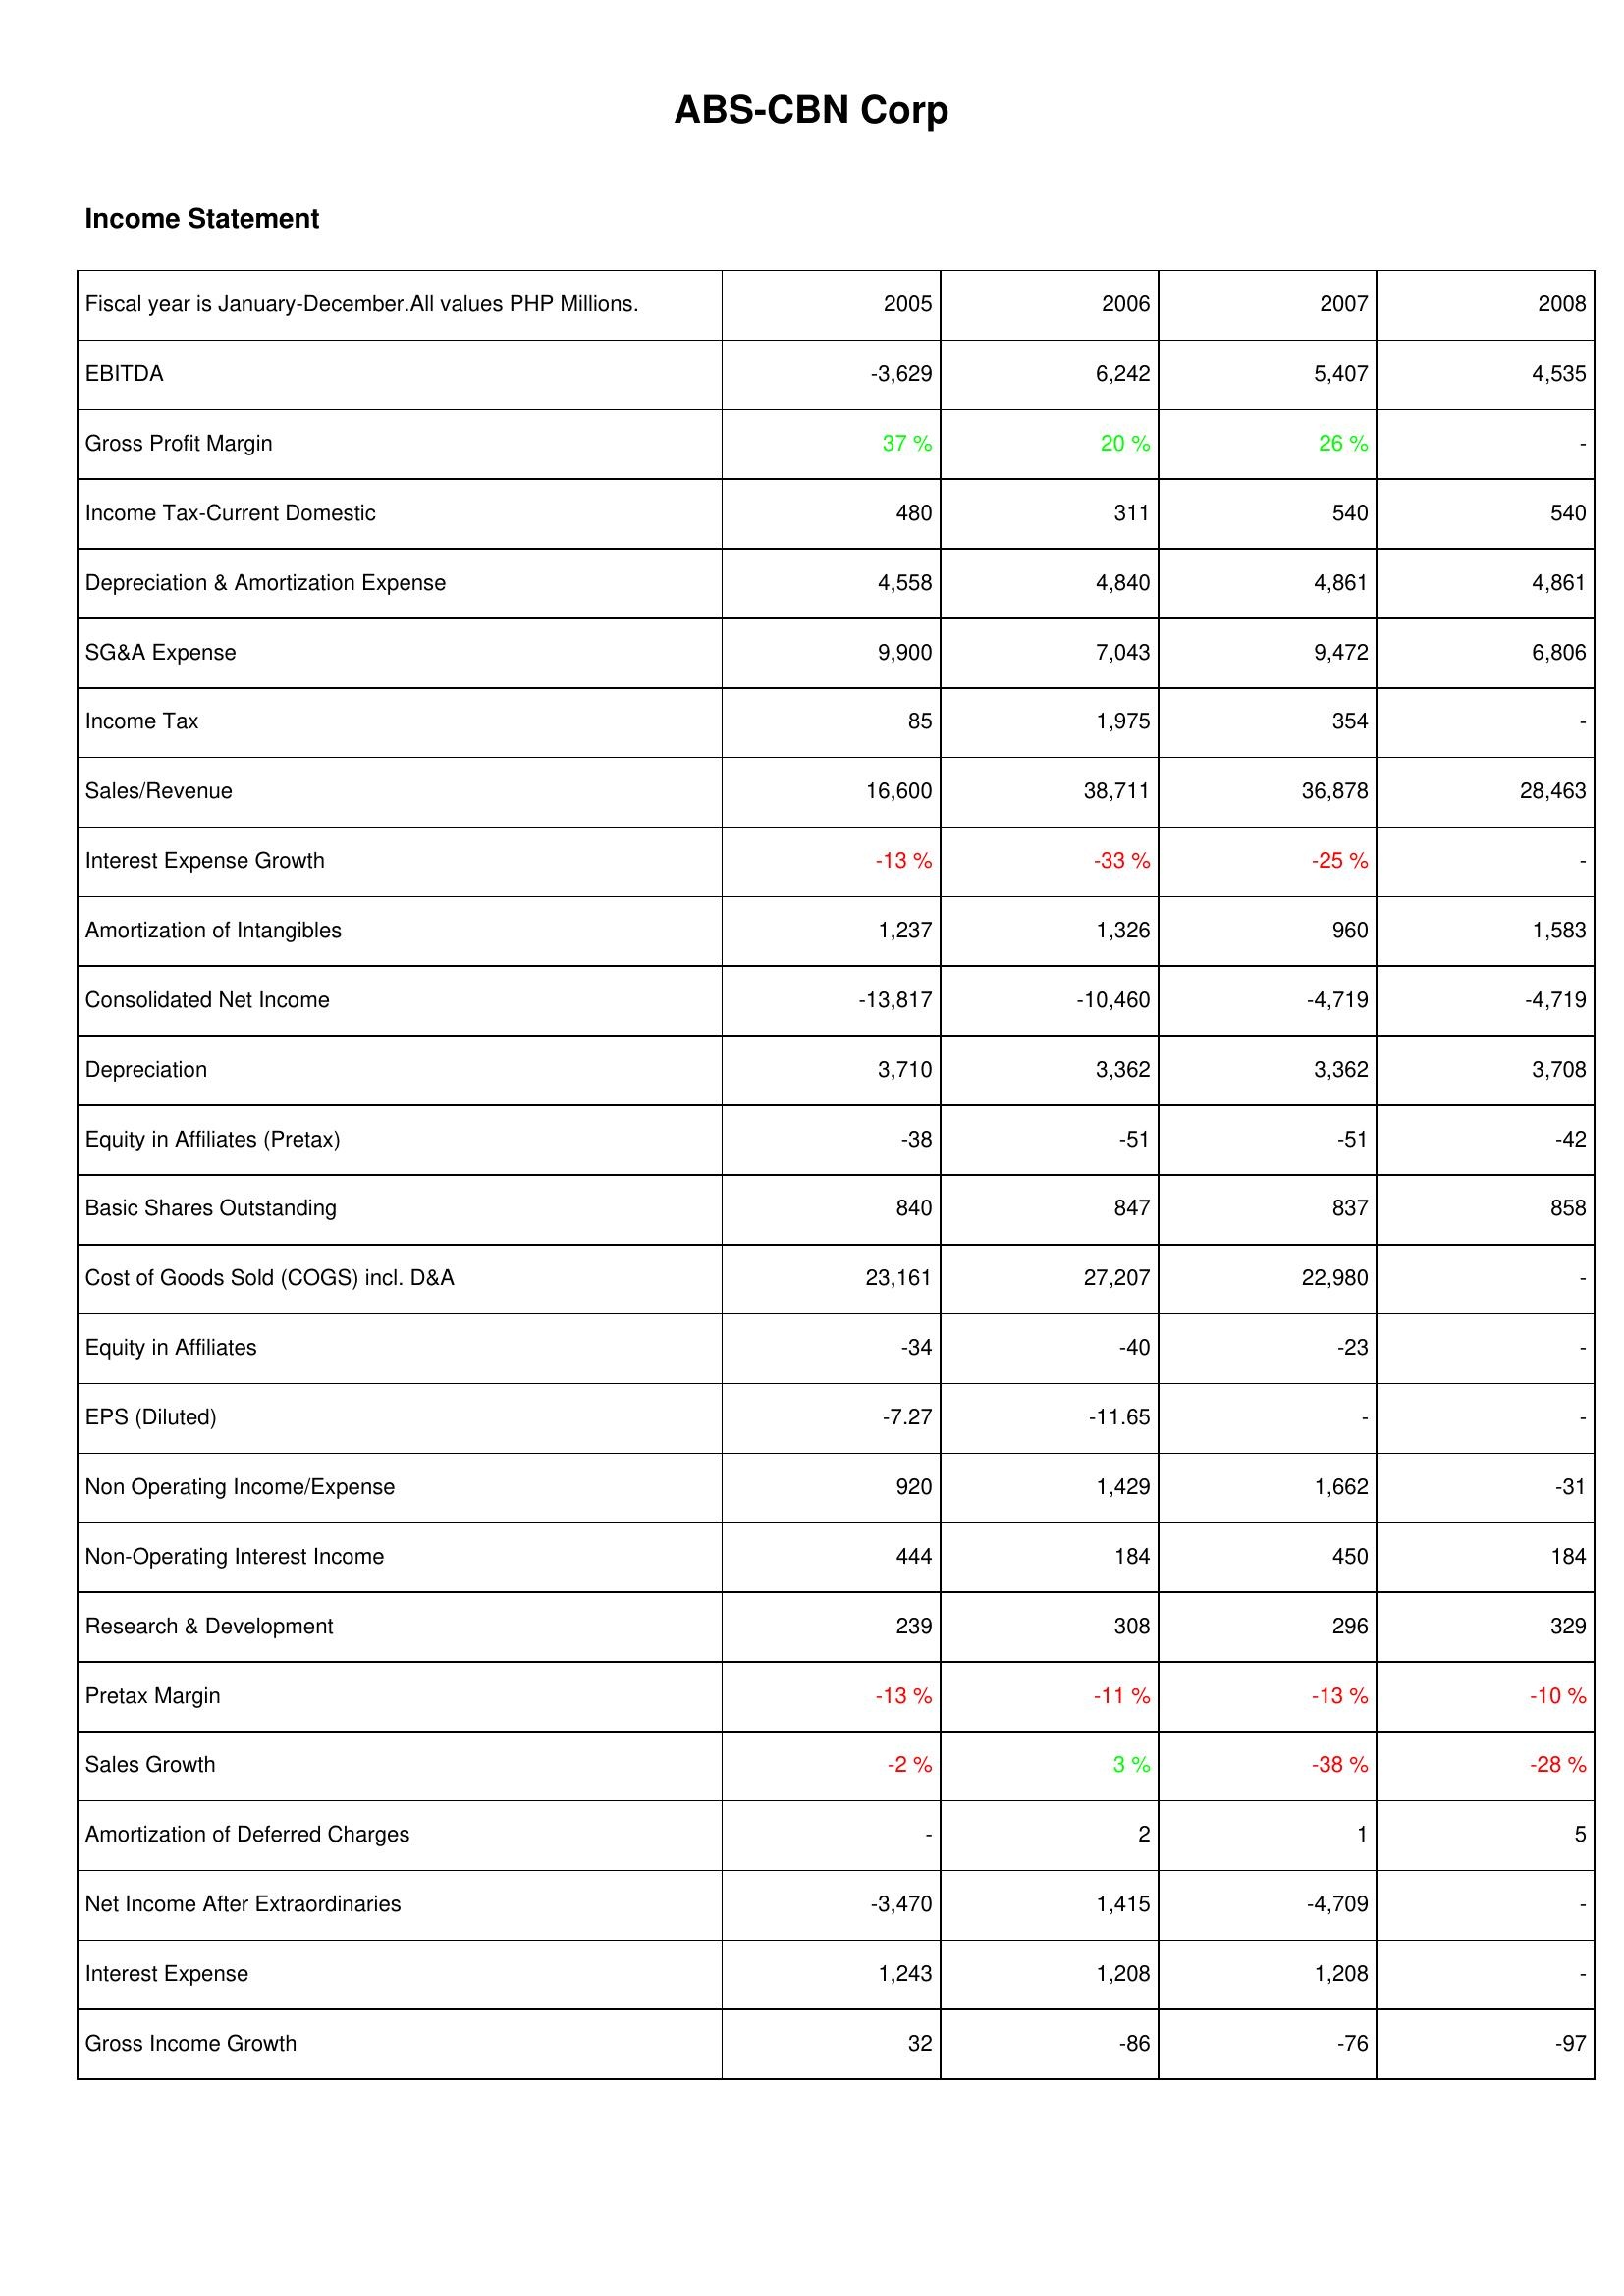
2005: Income Statement: EBITDA: -3,629
Gross Profit Margin: 37 %
Income Tax-Current Domestic: 480
Depreciation & Amortization Expense: 4,558
SG&A Expense: 9,900
Income Tax: 85
Sales/Revenue: 16,600
Interest Expense Growth: -13 %
Amortization of Intangibles: 1,237
Consolidated Net Income: -13,817
Depreciation: 3,710
Equity in Affiliates (Pretax): -38
Basic Shares Outstanding: 840
Cost of Goods Sold (COGS) incl. D&A: 23,161
Equity in Affiliates: -34
EPS (Diluted): -7.27
Non Operating Income/Expense: 920
Non-Operating Interest Income: 444
Research & Development: 239
Pretax Margin: -13 %
Sales Growth: -2 %
Amortization of Deferred Charges: -
Net Income After Extraordinaries: -3,470
Interest Expense: 1,243
Gross Income Growth: 32
2006: Income Statement: EBITDA: 6,242
Gross Profit Margin: 20 %
Income Tax-Current Domestic: 311
Depreciation & Amortization Expense: 4,840
SG&A Expense: 7,043
Income Tax: 1,975
Sales/Revenue: 38,711
Interest Expense Growth: -33 %
Amortization of Intangibles: 1,326
Consolidated Net Income: -10,460
Depreciation: 3,362
Equity in Affiliates (Pretax): -51
Basic Shares Outstanding: 847
Cost of Goods Sold (COGS) incl. D&A: 27,207
Equity in Affiliates: -40
EPS (Diluted): -11.65
Non Operating Income/Expense: 1,429
Non-Operating Interest Income: 184
Research & Development: 308
Pretax Margin: -11 %
Sales Growth: 3 %
Amortization of Deferred Charges: 2
Net Income After Extraordinaries: 1,415
Interest Expense: 1,208
Gross Income Growth: -86
2007: Income Statement: EBITDA: 5,407
Gross Profit Margin: 26 %
Income Tax-Current Domestic: 540
Depreciation & Amortization Expense: 4,861
SG&A Expense: 9,472
Income Tax: 354
Sales/Revenue: 36,878
Interest Expense Growth: -25 %
Amortization of Intangibles: 960
Consolidated Net Income: -4,719
Depreciation: 3,362
Equity in Affiliates (Pretax): -51
Basic Shares Outstanding: 837
Cost of Goods Sold (COGS) incl. D&A: 22,980
Equity in Affiliates: -23
EPS (Diluted): -
Non Operating Income/Expense: 1,662
Non-Operating Interest Income: 450
Research & Development: 296
Pretax Margin: -13 %
Sales Growth: -38 %
Amortization of Deferred Charges: 1
Net Income After Extraordinaries: -4,709
Interest Expense: 1,208
Gross Income Growth: -76
2008: Income Statement: EBITDA: 4,535
Gross Profit Margin: -
Income Tax-Current Domestic: 540
Depreciation & Amortization Expense: 4,861
SG&A Expense: 6,806
Income Tax: -
Sales/Revenue: 28,463
Interest Expense Growth: -
Amortization of Intangibles: 1,583
Consolidated Net Income: -4,719
Depreciation: 3,708
Equity in Affiliates (Pretax): -42
Basic Shares Outstanding: 858
Cost of Goods Sold (COGS) incl. D&A: -
Equity in Affiliates: -
EPS (Diluted): -
Non Operating Income/Expense: -31
Non-Operating Interest Income: 184
Research & Development: 329
Pretax Margin: -10 %
Sales Growth: -28 %
Amortization of Deferred Charges: 5
Net Income After Extraordinaries: -
Interest Expense: -
Gross Income Growth: -97